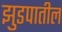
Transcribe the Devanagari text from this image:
झुडपातील